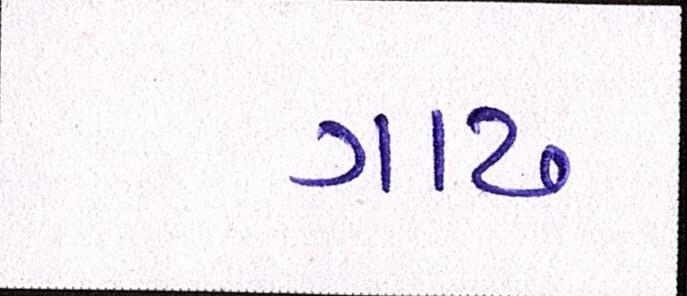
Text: ગાઢ